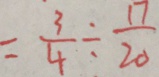
= \frac { 3 } { 4 } \div \frac { 1 7 } { 2 0 }